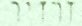
זרזיר